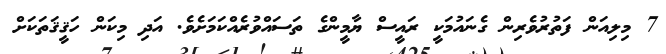
7 މިލިއަން ފަތުރުވެރިން ގެނައުމަކީ ރައީސް ޔާމީންގެ ތަސައްވުރެއްކަމަށެވެ. އަދި މިކަން ހަޤީޤަތަކަށް